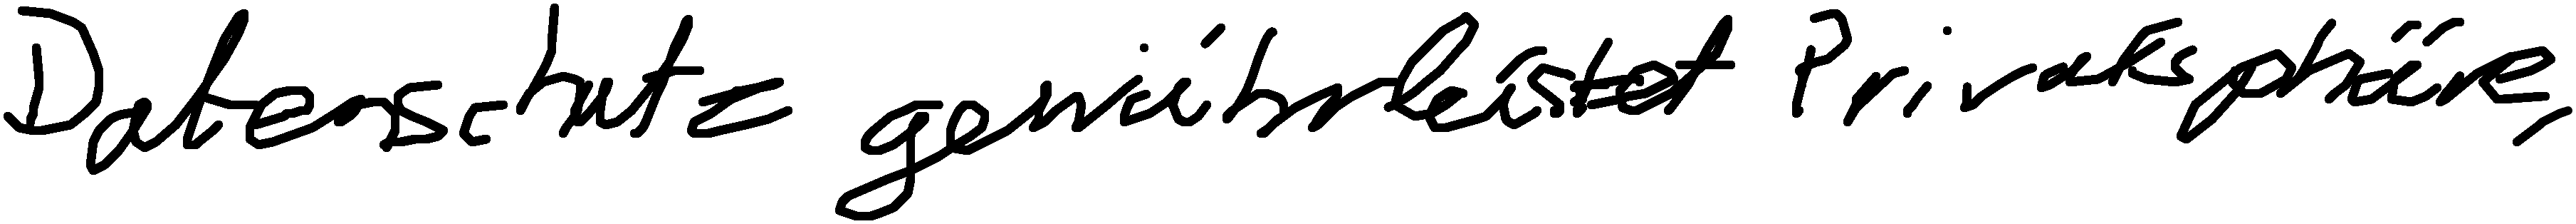
Datenschutz gewährleistet Privatsphäre.